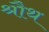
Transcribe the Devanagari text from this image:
श्रौथ